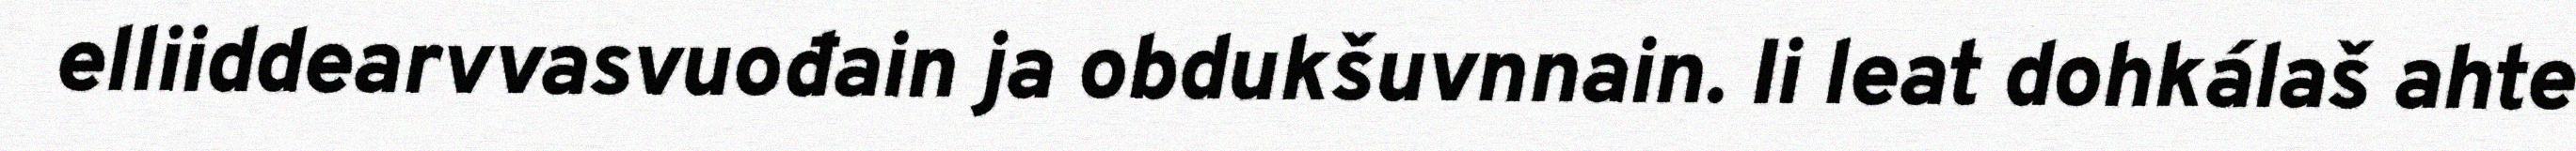
elliiddearvvasvuođain ja obdukšuvnnain. Ii leat dohkálaš ahte